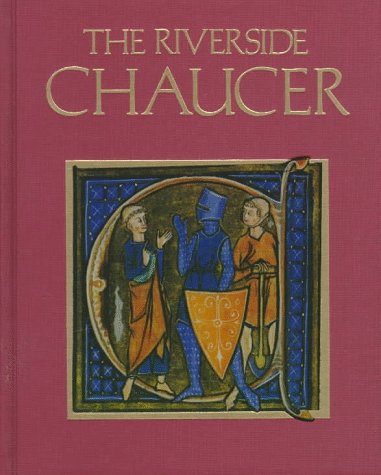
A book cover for The Riverside Chaucer; Geoffrey Chaucer; Literature & Fiction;